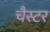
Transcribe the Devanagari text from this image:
चैस्टर